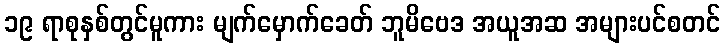
၁၉ ရာစုနှစ်တွင်မူကား မျက်မှောက်ခေတ် ဘူမိဗေဒ အယူအဆ အများပင်စတင်